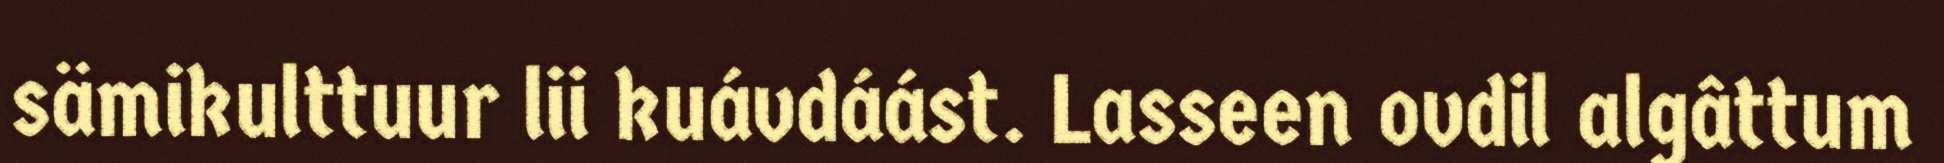
sämikulttuur lii kuávdáást. Lasseen ovdil algâttum